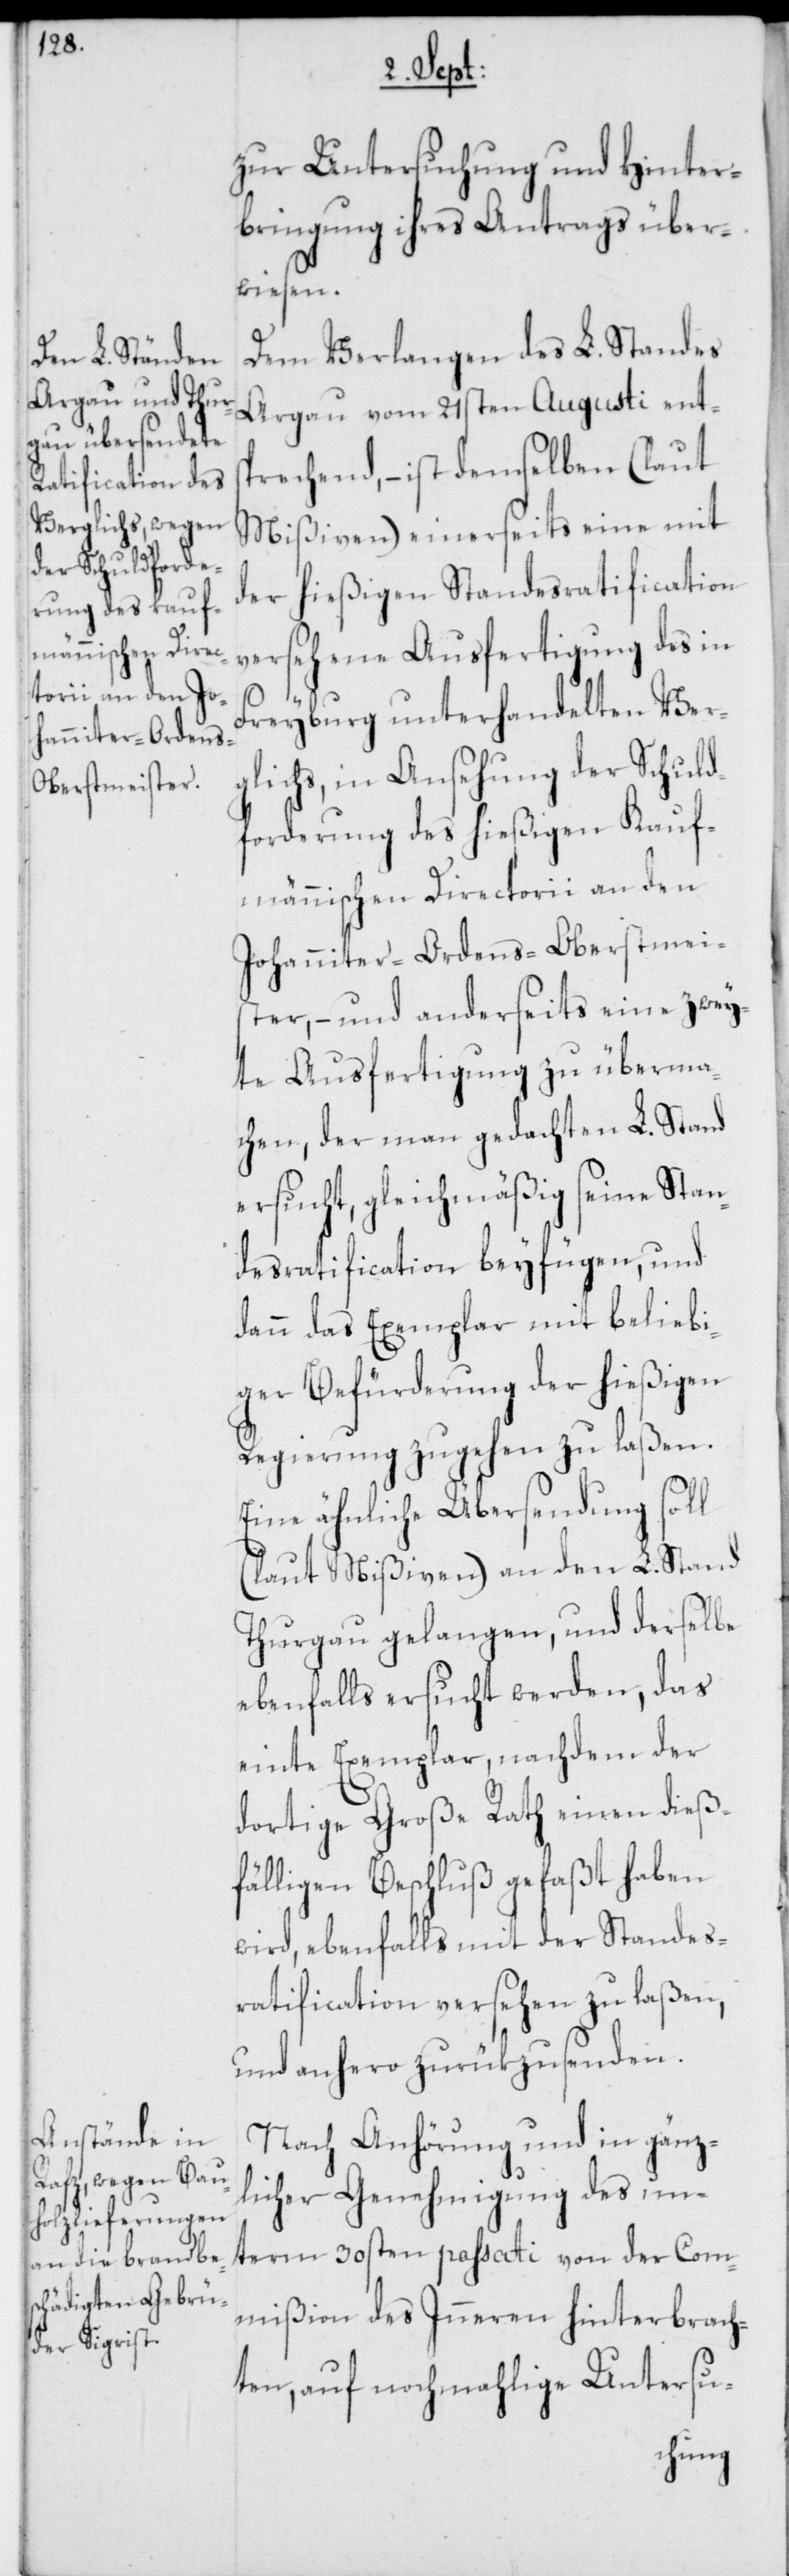
Kauf¬
zur Untersuchung und Hinter¬
bringung ihres Antrags über¬
wiesen.
Dem Verlangen des L. Standes
Argau vom 21sten Augusti ents¬
prechend, – ist demselben (laut
Mißiven) einerseits eine mit
der hießigen Standesratification
versehene Ausfertigung des in
Freyburg unterhandelten Ver¬
glichs, in Ansehung der Schuld¬
männischen Directorii an den
Johanniter-Ordens-Oberstmei¬
ster, – und anderseits eine zwey¬
te Ausfertigung zu überma¬
chen, der man gedachten L. Stand
ersucht, gleichmäßig seine Stan¬
desratification beyfügen, und
dann das Exemplar mit beliebi¬
ger Befürderung der hießigen
Regierung zugehen zu laßen.
Eine ähnliche Übersendung soll
(laut Mißiven) an den L. Stand
Thurgau gelangen, und derselbe
ebenfalls ersucht werden, das
einte Exemplar, nachdem der
dortige Große Rath einen dieß¬
fälligen Beschluß gefaßt haben
wird, ebenfalls mit der Standes¬
ratification versehen zu laßen,
und anhero zurükzusenden.
Nach Anhörung und in gänz¬
licher Genehmigung des un¬
term 30sten passati von der Com¬
mißion des Inneren hinterbrach¬
ten, auf nochmahlige Untersu-